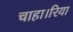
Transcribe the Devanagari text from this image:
चाहा।रिया